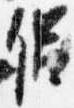
侶